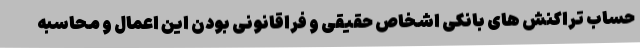
حساب تراکنش های بانکی اشخاص حقیقی و فراقانونی بودن این اعمال و محاسبه